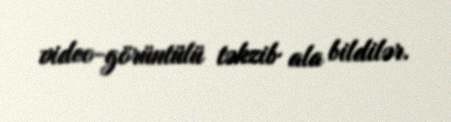
video-görüntülü təkzib ala bildilər.